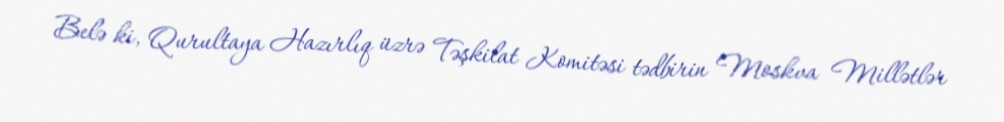
Belə ki, Qurultaya Hazırlıq üzrə Təşkilat Komitəsi tədbirin Moskva Millətlər